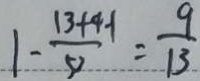
1 - \frac { 1 3 + 4 - 1 } { 5 2 } = \frac { 9 } { 1 3 }